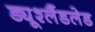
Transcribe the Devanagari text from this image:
ड्यूश्लैंडलेड